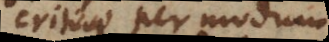
criticae per modum